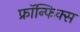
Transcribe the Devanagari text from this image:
फ्रॉन्फिक्स